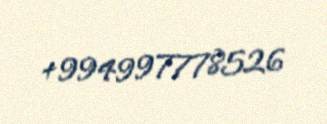
+994997778526